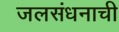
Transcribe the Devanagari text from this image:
जलसंधनाची